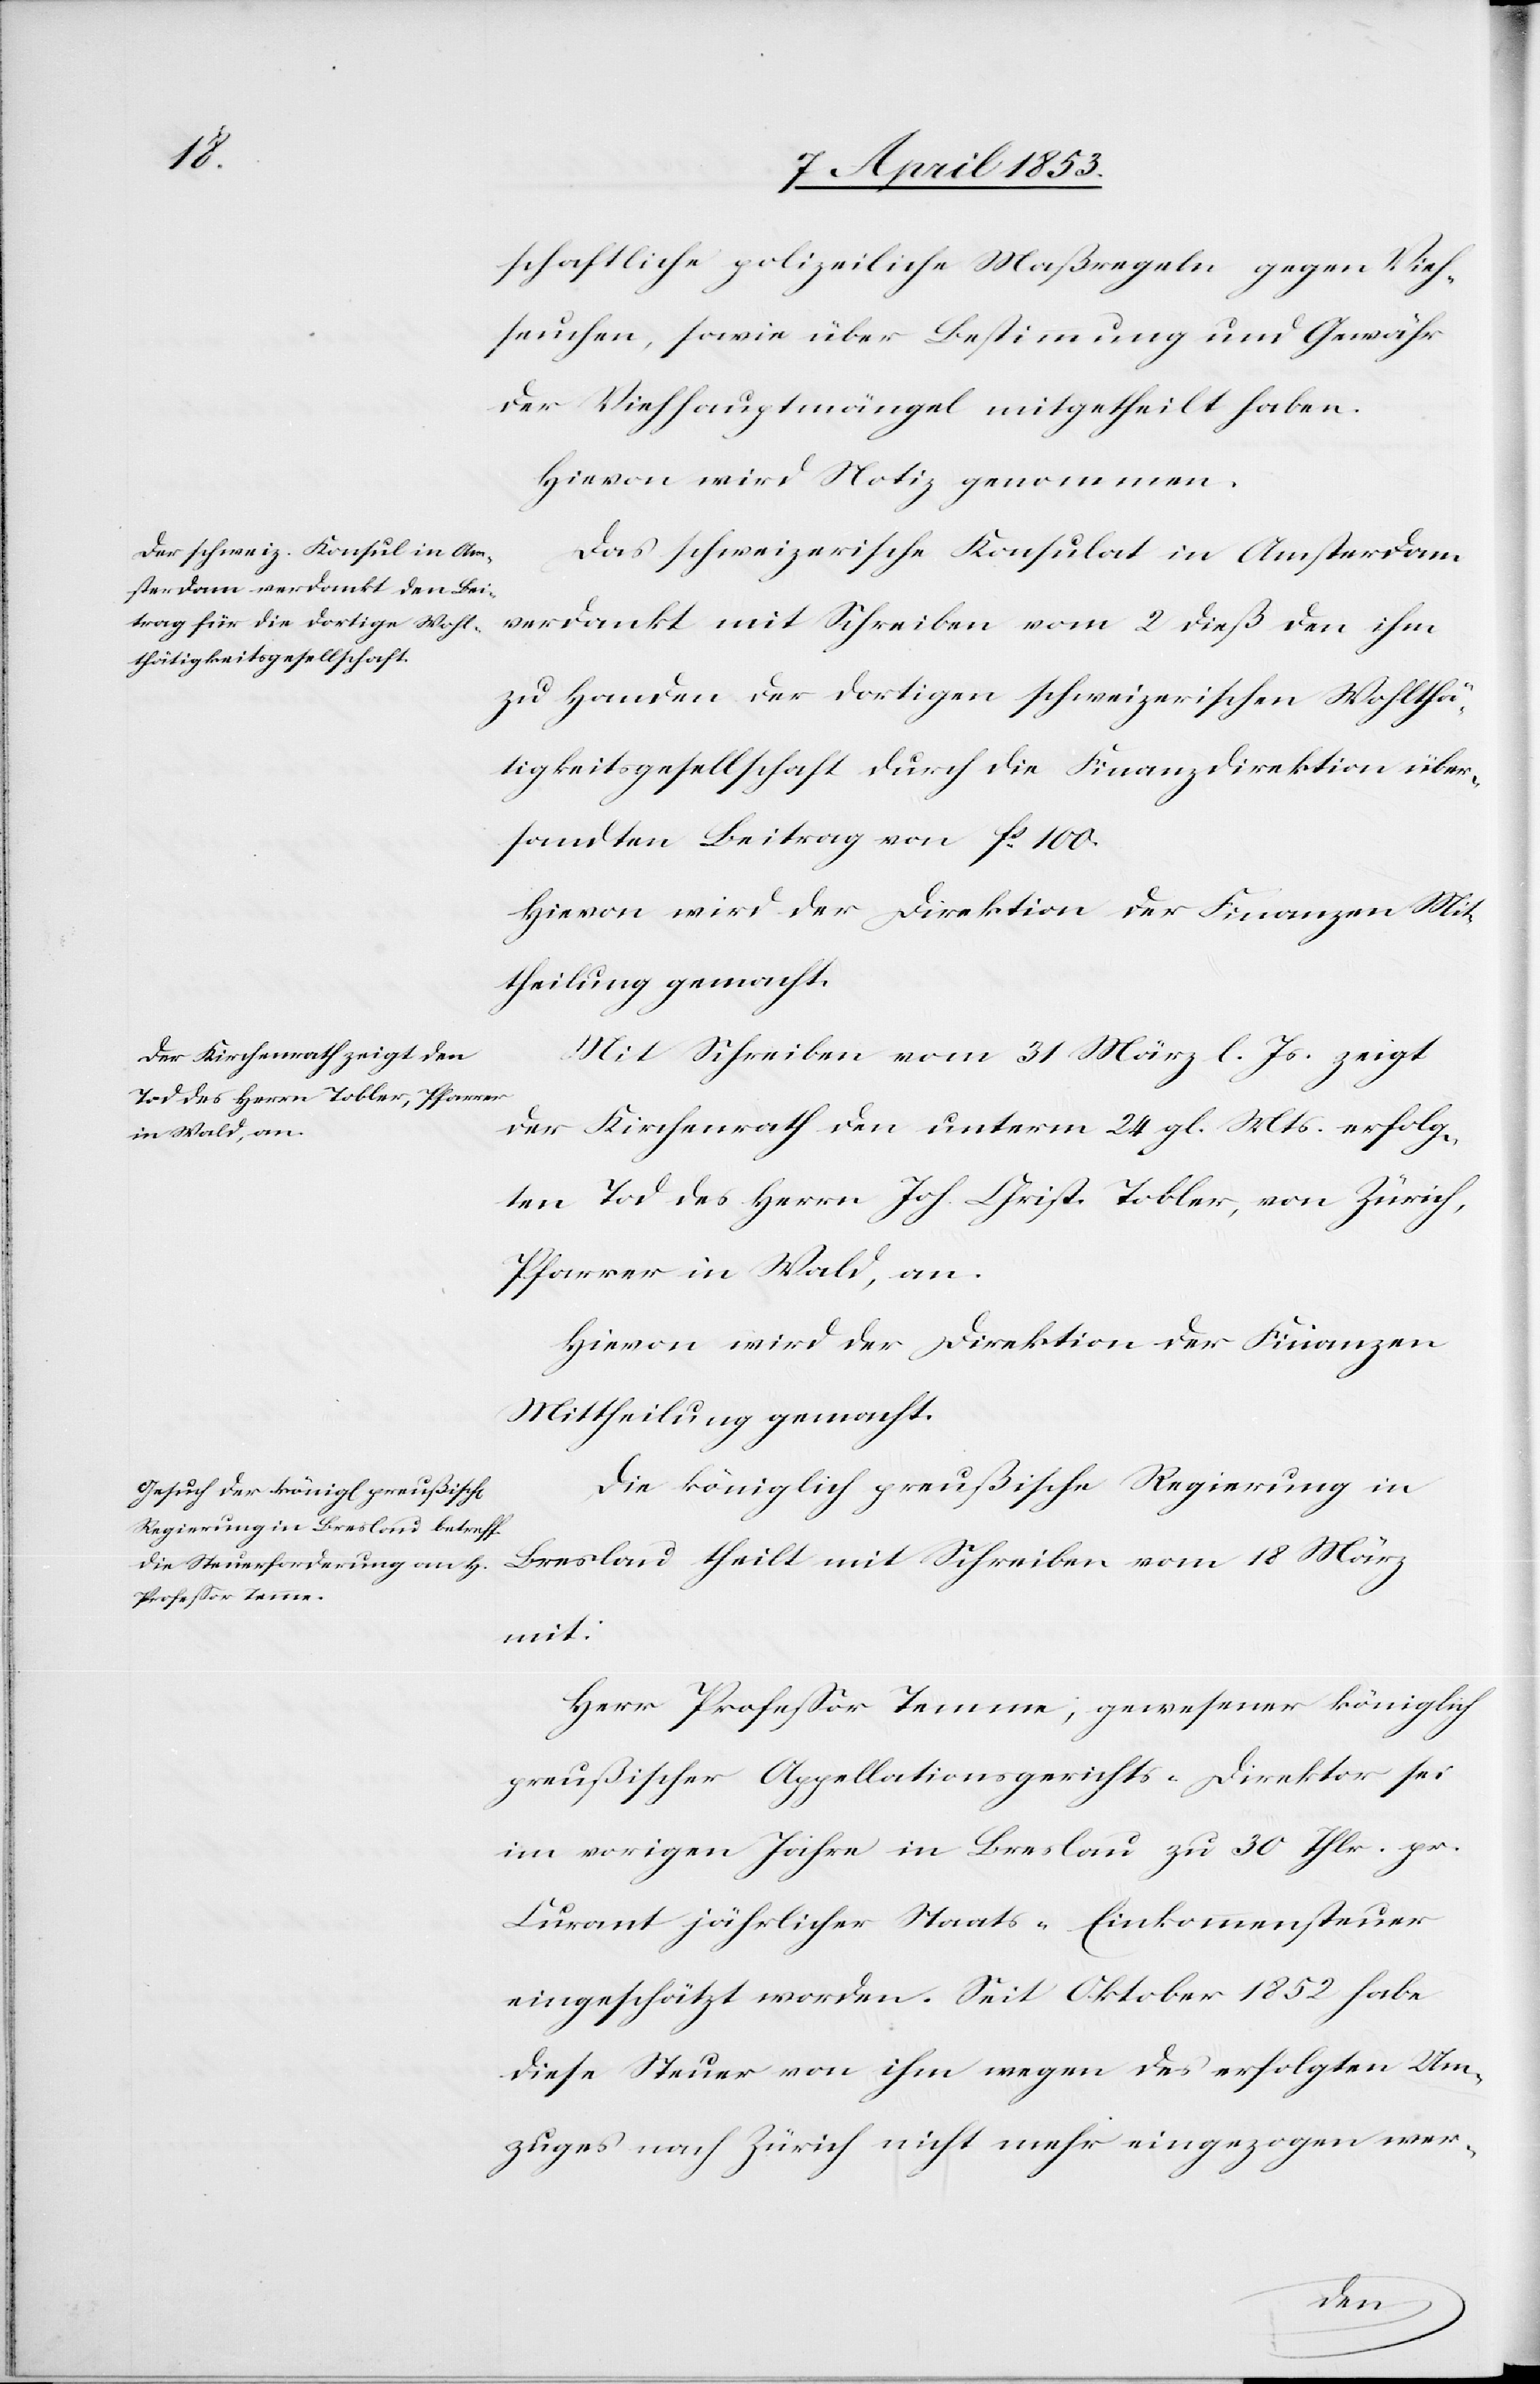
schaftliche polizeiliche Maßregeln gegen Vieh¬
seuchen, sowie über Bestimmung und Gewähr
der Viehhauptmängel mitgetheilt haben.
Hievon wird Notiz genommen.
Das schweizerische Konsulat in Amsterdam
verdankt mit Schreiben vom 2 dieß den ihm
zu Handen der dortigen schweizerischen Wohlthä¬
tigkeitsgesellschaft durch die Finanzdirektion über¬
sandten Beitrag von fs. 100.
Hievon wird der Direktion der Finanzen Mit¬
theilung gemacht.
Mit Schreiben vom 31 März l. Js. zeigt
der Kirchenrath den unterm 24 gl. Mts. erfolg¬
ten Tod des Herrn Joh. Christ. Tobler, von Zürich,
Pfarrer in Wald, an.
Hievon wird der Direktion der Finanzen
Mittheilung gemacht.
Die königlich preußische Regierung in
Sarsland theilt mit Schreiben vom 18 März
mit:
Herr Profeßor Temme, gewesener königlich
preußischer Appellationsgerichts-Direktor sei
im vorigen Jahre in Breslau zu 30 Thlr. pr.
Curant jährlicher Staats-Einkommenssteuer
eingeschätzt worden. Seit Oktober 1852 habe
diese Steuer von ihm wegen des erfolgten Um¬
zuges nach Zürich nicht mehr eingezogen wer-